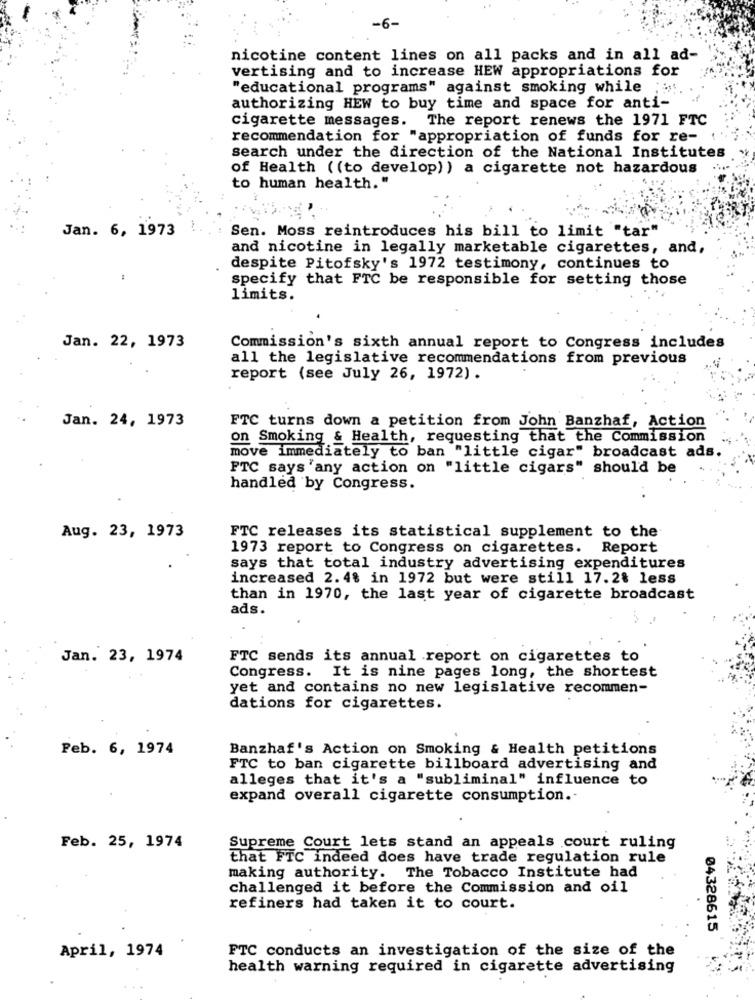
-6-
nicotine content lines on all packs and in all ad-
vertising and to increase HEW appropriations for
"educational programs" against smoking while
authorizing HEW to buy time and space for anti-
cigarette messages. The report renews the 1971 FTC
recommendation for "appropriation of funds for re-
search under the direction of the National Institutes
of Health ((to develop)) a cigarette not hazardous
to human health."
Jan. 6, 1973
Sen. Moss reintroduces his bill to limit "tar"
and nicotine in legally marketable cigarettes, and,
despite Pitofsky's 1972 testimony, continues to
specify that FTC be responsible for setting those
limits.
Jan. 22, 1973
Commission's sixth annual report to Congress includes
all the legislative recommendations from previous
report (see July 26, 1972) .
Jan. 24, 1973
FTC turns down a petition from John Banzhaf, Action
on Smoking & Health, requesting that the Commission
move immediately to ban "little cigar" broadcast ads.
FTC says 'any action on "little cigars" should be
handled by Congress.
Aug. 23, 1973
FTC releases its statistical supplement to the
1973 report to Congress on cigarettes. Report
says that total industry advertising expenditures
increased 2.4% in 1972 but were still 17.2% less
than in 1970, the last year of cigarette broadcast
ads.
Jan. 23, 1974
FTC sends its annual report on cigarettes to
Congress. It is nine pages long, the shortest
yet and contains no new legislative recommen-
dations for cigarettes.
Peb. 6, 1974
Banzhaf's Action on Smoking & Health petitions
FTC to ban cigarette billboard advertising and
alleges that it's a "subliminal" influence to
expand overall cigarette consumption .-
Feb. 25, 1974
Supreme Court lets stand an appeals court ruling
that FTC indeed does have trade regulation rule
making authority. The Tobacco Institute had
challenged it before the Commission and oil
refiners had taken it to court.
04328615
April, 1974
FTC conducts an investigation of the size of the
health warning required in cigarette advertising